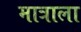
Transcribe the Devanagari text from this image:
मात्राला